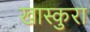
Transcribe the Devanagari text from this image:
खास्कुरा